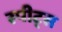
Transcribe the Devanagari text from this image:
स्पीट्स